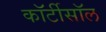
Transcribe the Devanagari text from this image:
कॉर्टीसॉल